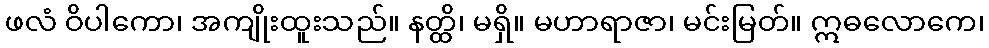
ဖလံ ဝိပါကော၊ အကျိုးထူးသည်။ နတ္ထိ၊ မရှိ။ မဟာရာဇာ၊ မင်းမြတ်။ ဣဓလောကေ၊